Punjab Mental Hospital Lahore 1922-31 - 1922-1931
Year: 1922
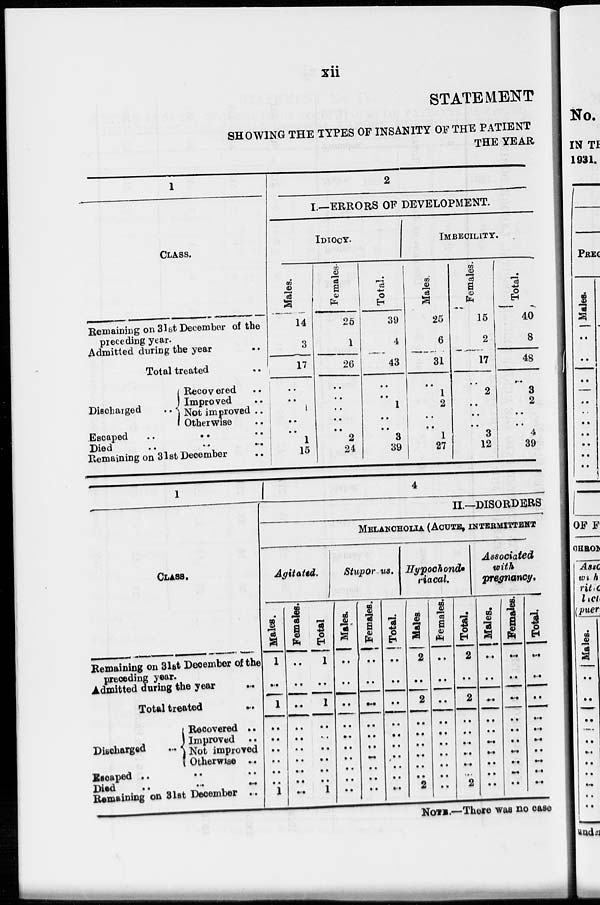
xii
STATEMENT
SHOWING THE TYPES OF INSANITY OF THE PATIENT
THE YEAR
1
CLASS.
Remaining on 31st December of the
preceding year.
Admitted during the year ..
Total treated ..
Discharged
..
Recovered ..
Improved ..
Not improved ..
Otherwise ..
Escaped
..
..
..
Died
..
..
..
Remaining on 31st December ..
2
I.—ERRORS OF DEVELOPMENT.
IDIOCY.
Males.
14
3
17
..
..
1
..
..
1
15
Females.
25
1
26
..
..
..
..
..
2
24
Total.
39
4
43
..
..
1
..
..
3
39
IMBECILITY.
Males.
25
6
31
..
1
2
..
..
1
27
Females.
15
2
17
..
2
..
..
..
3
12
Total.
40
8
48
..
3
2
..
..
4
39
1
CLASS.
Remaining on 31st December of the
preceding year.
Admitted during the year ..
Total treated
..
Discharged
...
Recovered ..
Improved ..
Not improved ..
Otherwise ..
Escaped .. .. ..
Died
..
..
..
Remaining on 31st December ..
4
II.—DISORDERS
MELANCHOLIA (ACUTE, INTERMITTENT
Agitated.
Males.
1
..
1
..
..
..
..
..
..
1
Females.
..
..
..
..
..
..
..
..
..
..
Total
1
..
1
..
..
..
..
..
..
1
Stuporous.
Males.
..
..
..
..
..
..
..
..
..
..
Females.
..
..
..
..
..
..
..
..
..
..
Total.
..
..
..
..
..
..
..
..
..
..
Hypochond-
riacal.
Males.
2
..
2
..
..
..
..
..
..
2
Females.
..
..
..
..
..
..
..
..
..
..
Total.
2
..
2
..
..
..
..
..
..
2
Associated
with
pregnancy.
Males.
..
..
..
..
..
..
..
..
..
..
Females.
..
..
..
..
..
..
..
..
..
..
Total.
..
..
..
..
..
..
..
..
..
..
NOTE.—There was no case